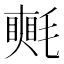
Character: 𣰋